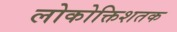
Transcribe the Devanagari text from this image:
लोकोक्तिशतक